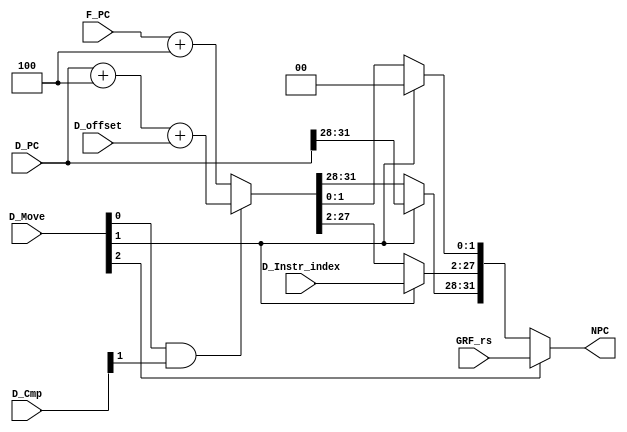
module NPC(
    input [31:0] F_PC,//当前取出的指令所在地址
	input [31:0] D_PC,//D级流水线取出的指令地址，用于b类与j
	input [31:0] D_offset,
	input [25:0] D_Instr_index,
	input [31:0] GRF_rs,
	input [2:0] D_Move,
	input [2:0] D_Cmp,
	output [31:0] NPC
    );//这些多余的信息均是用于b类与j类跳转指令的，而这些指令均要在
	 
	reg [31:0] temp_NPC;
	 
	always @(*) begin
		temp_NPC = F_PC + 4;
		if(D_Move[0] && D_Cmp[1]) temp_NPC = D_PC + 4 + D_offset;//beq
		if(D_Move[1]) begin//j and jal
			temp_NPC[1:0] = 0;
			temp_NPC[27:2] = D_Instr_index;
			temp_NPC[31:28] = D_PC[31:28];
		end
        if(D_Move[2]) temp_NPC = GRF_rs;//jr
	end
      
	
	assign NPC = temp_NPC;
endmodule